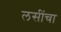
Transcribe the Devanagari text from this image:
लसींचा